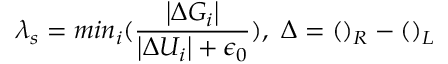
\lambda _ { s } = m i n _ { i } ( \frac { \left| \Delta G _ { i } \right| } { \left| \Delta U _ { i } \right| + \epsilon _ { 0 } } ) , \mathrm { ~ } \Delta = ( ) _ { R } - ( ) _ { L }